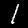
Label: 1